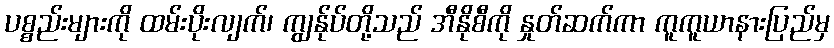
ပစ္စည်းများကို ထမ်းပိုးလျက်၊ ကျွန်ုပ်တို့သည် အီနိုစီကို နှုတ်ဆက်ကာ ကူကူယာနားပြည်မှ